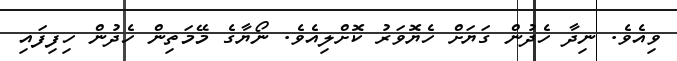
ވިއެވެ. ނިދާ ހެދުން ގަޔަށް ހެޔޮވަރު ކޮށްލިއެވެ. ނޯޔާގެ މޭމަތިން ހެދުން ހިފިފައި